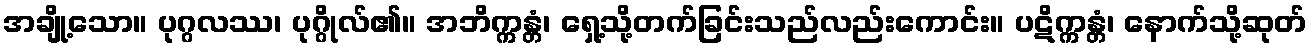
အချို့သော။ ပုဂ္ဂလဿ၊ ပုဂ္ဂိုလ်၏။ အဘိက္ကန္တံ၊ ရှေ့သို့တက်ခြင်းသည်လည်းကောင်း။ ပဋိက္ကန္တံ၊ နောက်သို့ဆုတ်